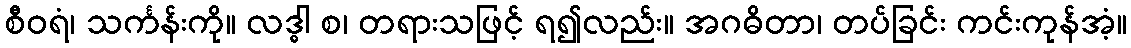
စီဝရံ၊ သင်္ကန်းကို။ လဒ္ဓါ စ၊ တရားသဖြင့် ရ၍လည်း။ အဂဓိတာ၊ တပ်ခြင်း ကင်းကုန်အံ့။